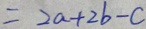
= 2 a + 2 b - c